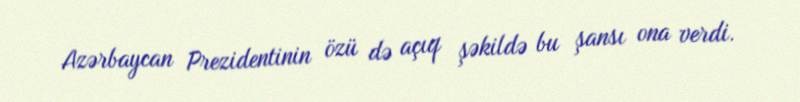
Azərbaycan Prezidentinin özü də açıq şəkildə bu şansı ona verdi.